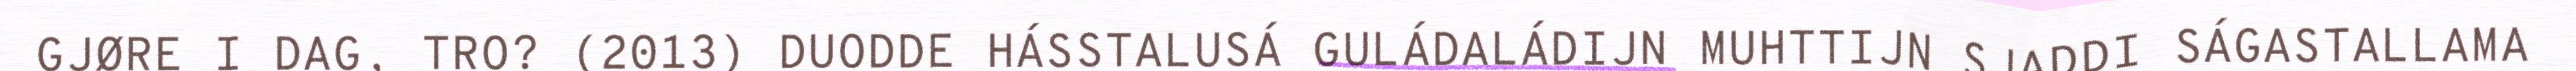
GJØRE I DAG, TRO? (2013) DUODDE HÁSSTALUSÁ GULÁDALÁDIJN MUHTTIJN SJADDI SÁGASTALLAMA